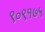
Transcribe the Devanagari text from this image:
९०९१७५